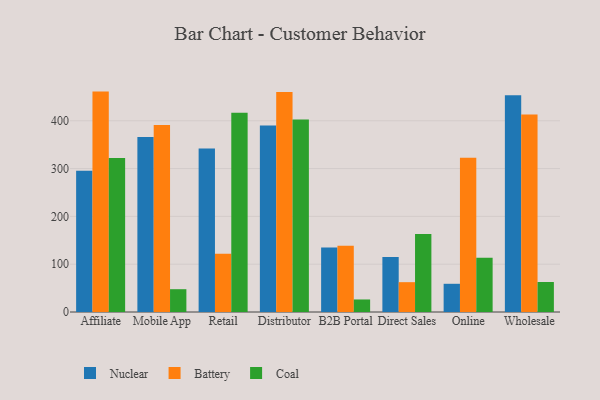
{"axis": {"x": "Channel", "y": "Production Output"}, "legend": ["Battery", "Coal", "Nuclear"], "data": [{"x": "Affiliate", "y": 295.2, "type": "Nuclear"}, {"x": "Affiliate", "y": 461.0, "type": "Battery"}, {"x": "Affiliate", "y": 322.0, "type": "Coal"}, {"x": "Mobile App", "y": 365.9, "type": "Nuclear"}, {"x": "Mobile App", "y": 391.2, "type": "Battery"}, {"x": "Mobile App", "y": 47.7, "type": "Coal"}, {"x": "Retail", "y": 342.1, "type": "Nuclear"}, {"x": "Retail", "y": 121.8, "type": "Battery"}, {"x": "Retail", "y": 416.6, "type": "Coal"}, {"x": "Distributor", "y": 390.3, "type": "Nuclear"}, {"x": "Distributor", "y": 460.2, "type": "Battery"}, {"x": "Distributor", "y": 402.9, "type": "Coal"}, {"x": "B2B Portal", "y": 134.9, "type": "Nuclear"}, {"x": "B2B Portal", "y": 138.8, "type": "Battery"}, {"x": "B2B Portal", "y": 26.2, "type": "Coal"}, {"x": "Direct Sales", "y": 115.3, "type": "Nuclear"}, {"x": "Direct Sales", "y": 62.4, "type": "Battery"}, {"x": "Direct Sales", "y": 163.0, "type": "Coal"}, {"x": "Online", "y": 59.0, "type": "Nuclear"}, {"x": "Online", "y": 322.6, "type": "Battery"}, {"x": "Online", "y": 113.5, "type": "Coal"}, {"x": "Wholesale", "y": 453.3, "type": "Nuclear"}, {"x": "Wholesale", "y": 413.1, "type": "Battery"}, {"x": "Wholesale", "y": 62.7, "type": "Coal"}]}